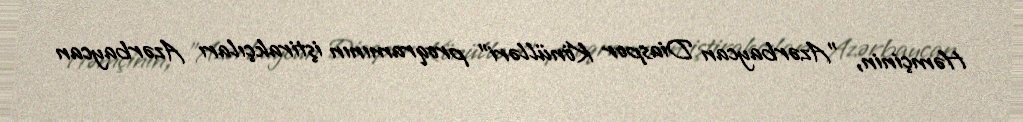
Həmçinin, "Azərbaycan Diaspor Könülləri" proqramının iştirakçıları Azərbaycan